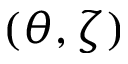
( \theta , \zeta )